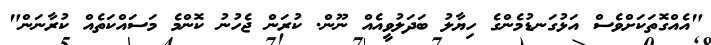
"އެއްގޮތަކަށްވެސް އަޅުގަނޑުމެންގެ ހިޔާލު ބަދަލުވީއެއް ނޫން. ކުރަން ޖެހުނު ކޮންމެ މަސައްކަތެއް ކުރާނަން"